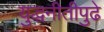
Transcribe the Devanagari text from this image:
युद्धनीतीपुढे